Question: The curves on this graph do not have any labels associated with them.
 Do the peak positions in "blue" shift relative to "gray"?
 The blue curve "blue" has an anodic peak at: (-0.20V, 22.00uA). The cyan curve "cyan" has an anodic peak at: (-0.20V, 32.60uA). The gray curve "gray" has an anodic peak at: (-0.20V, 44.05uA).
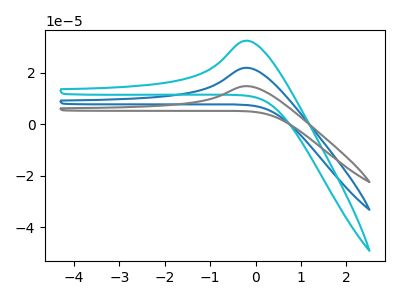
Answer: <think>All the peaks in "blue" have a peak in "gray" at the same potential. Every peak in "blue" is lower than every peak in "gray".
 </think>
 <answer>No, "blue" and "gray" don't appear to be significantly different in shape</answer>
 <eval>no_change</eval>